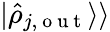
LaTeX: \vert\hat{\rho}_{j,\mathrm{~o~u~t~}}\rangle\rangle